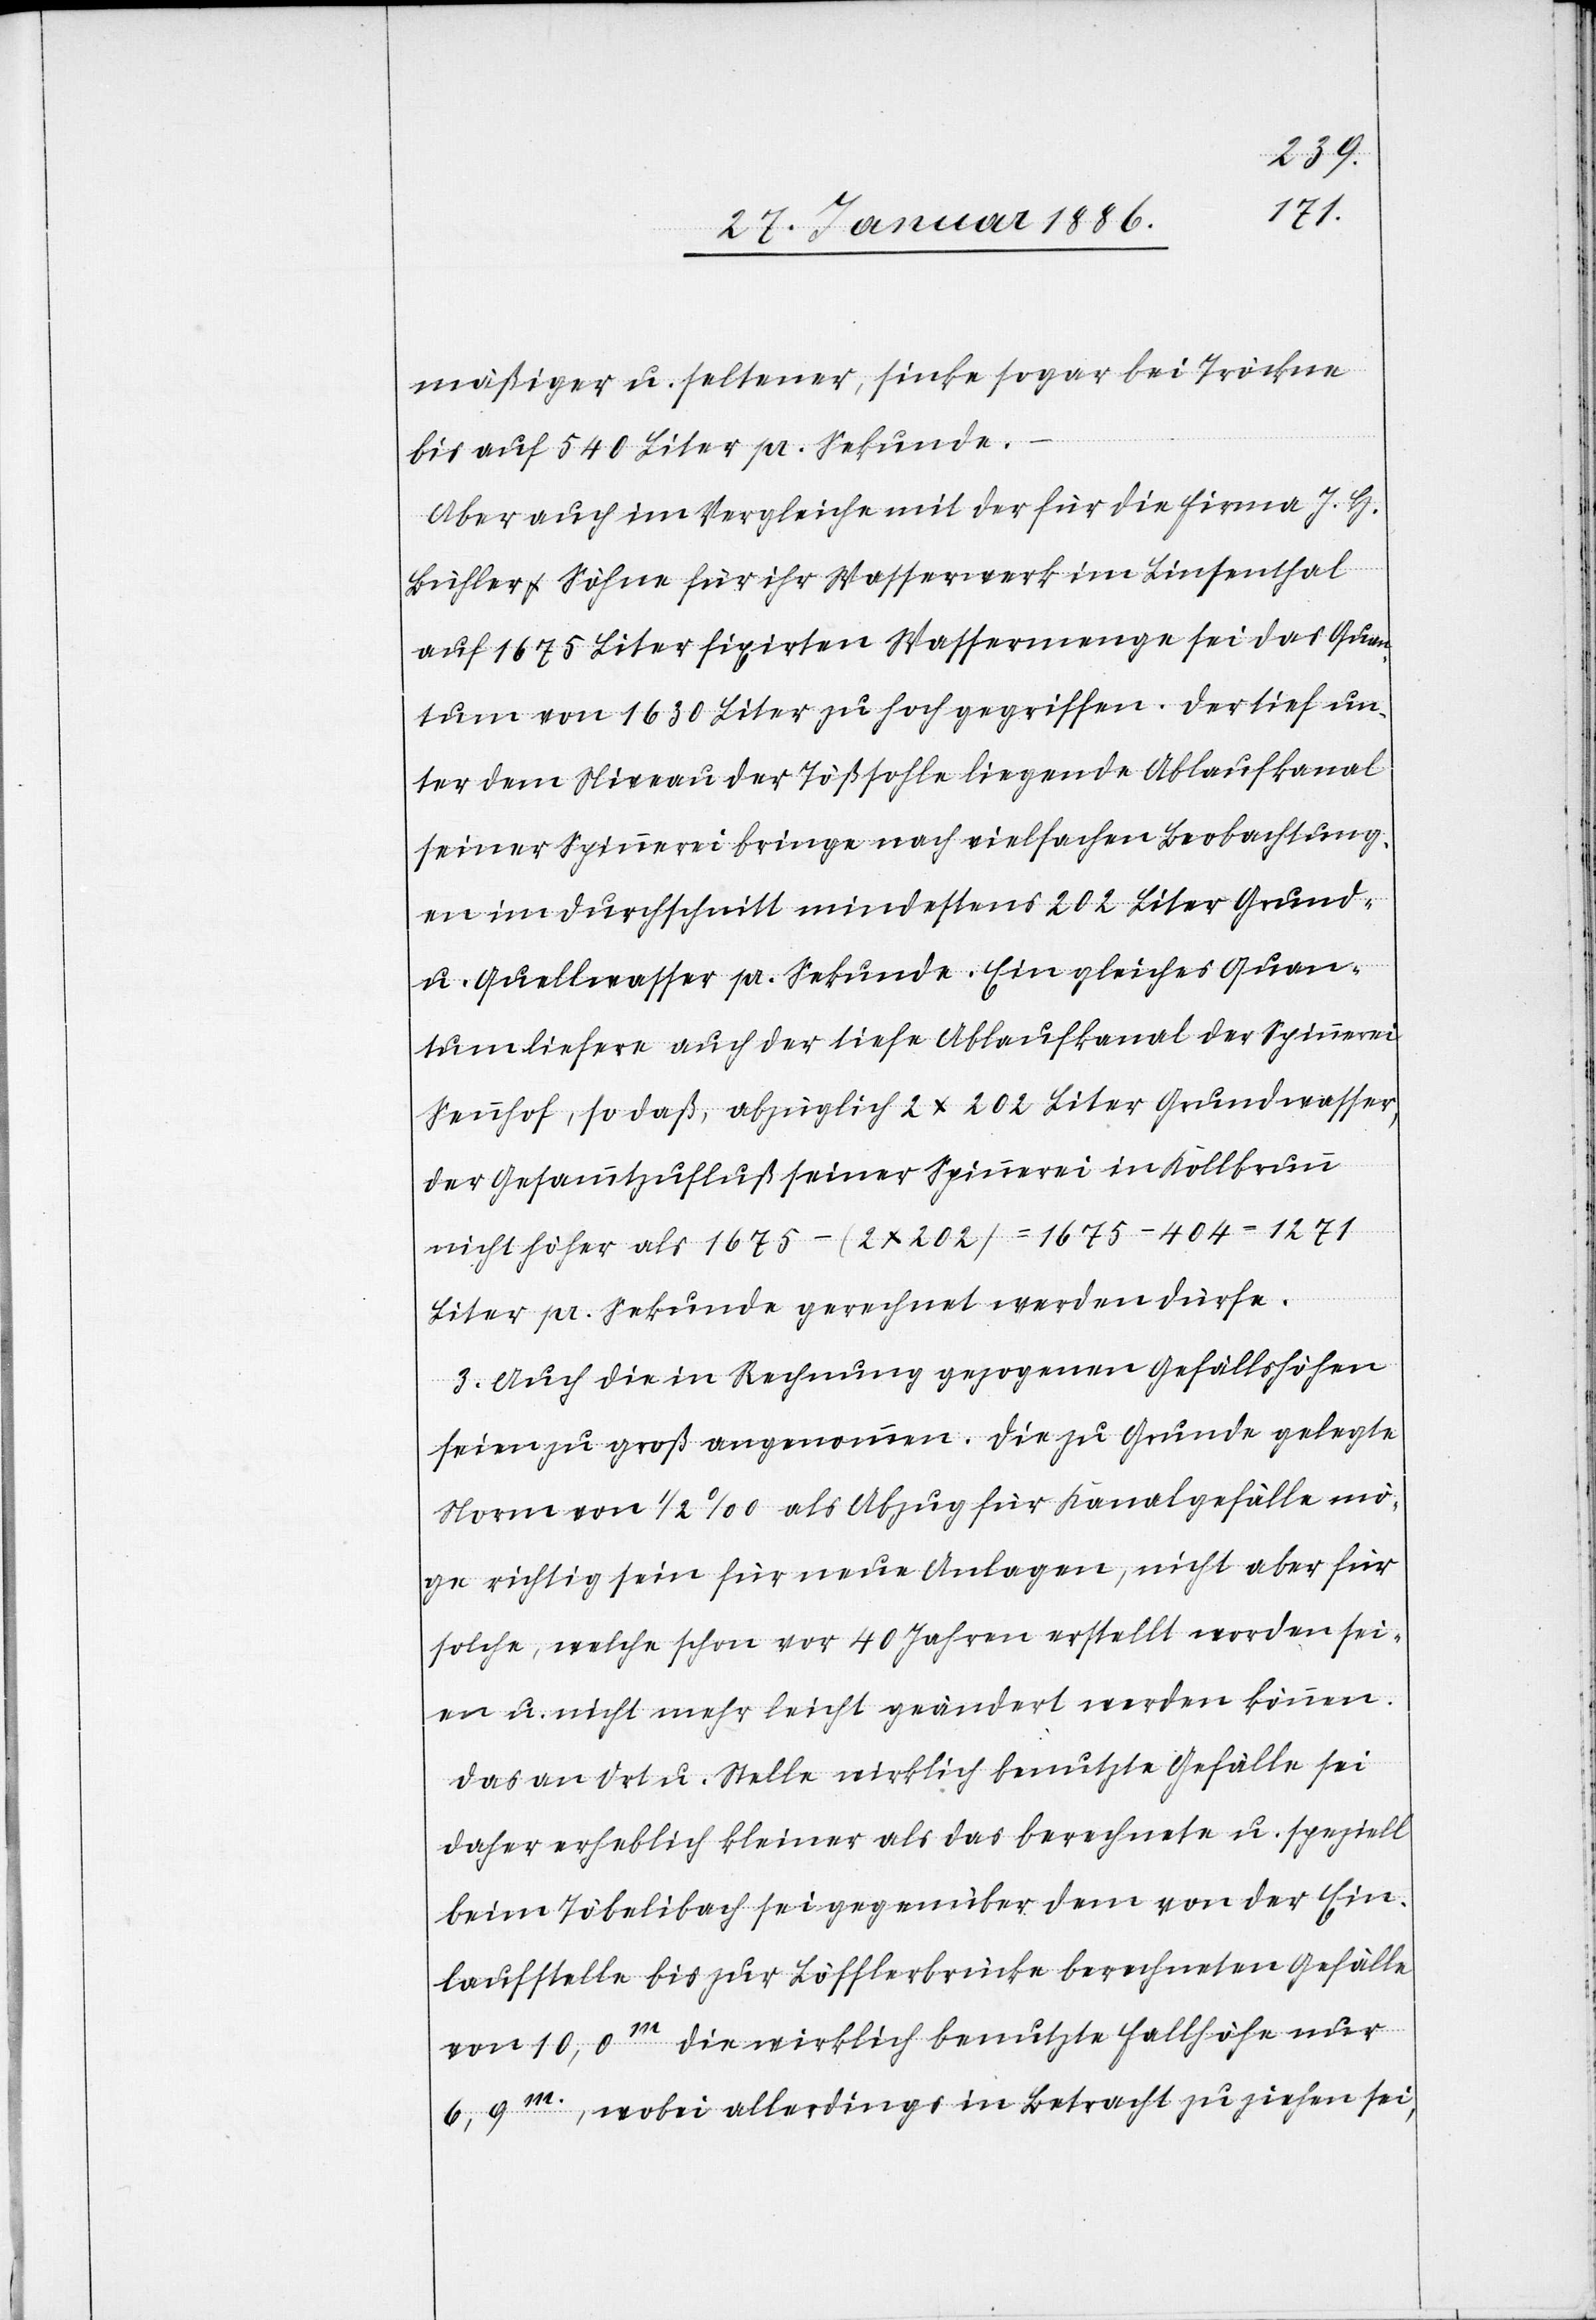
mäßiger u. seltener, sinke sogar bei Tröckne
bis auf 540 Liter pr. Sekunde.
Aber auch im Vergleiche mit der für die Firma J. H.
Bühler & Söhne für ihr Wasserwerk im Linsenthal
auf 1675 Liter fixirte Wassermenge sei das Quan¬
tum von 1630 Liter zu hoch gegriffen. Der tief un¬
ter dem Niveau der Tößsohle liegende Ablaufkanal
seiner Spinnerei bringe nach vielfachen Beobachtung¬
en im Durchschnitt mindestens 202 Liter Grund-
u. Quellenwasser pr. Sekunde. Ein gleiches Quan¬
tum liefere auch der tiefe Ablaufkanal der Spinnerei
Sennhof, so daß, abzüglich 2 x 202 Liter Grundwasser,
der Gesammtzufluß seiner Spinnerei in Kohlbrunn
nicht höher als 1675 - (2 x 202) = 1675 - 404 - 1271
Liter pr. Sekunde gerechnet werden dürfe.
3. Auch die in Rechnung gezogene Gefällshöhen
seien zu groß angenommen. Die zu Grunde gelegte
Norm von 1/2‰ als Abzug für Kanalgefälle mö¬
ge richtig sein für neue Anlagen, nicht aber für
solche, welche schon vor 40 Jahren erstellt worden sei¬
en u. nicht mehr leicht geändert werden können.
Das an Ort u. Stelle wirklich benutze Gefälle sei
daher erheblich kleiner als das berechnete u. speziell
beim Töbelibach sei gegenüber dem von der Ein¬
laufstelle bis zur Löfflerbrücke berechnete Gefälle
von 10,0 m die wirklich benutze Fallhöhe nur
6,9 m, wobei allerdings in Betracht zu ziehen sei,